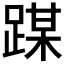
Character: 𰸜